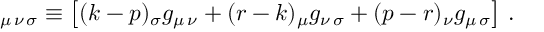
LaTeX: { \L } _ { \mu \, \nu \, \sigma } \equiv \left[ ( k - p ) _ { \sigma } g _ { \mu \, \nu } + ( r - k ) _ { \mu } g _ { \nu \, \sigma } + ( p - r ) _ { \nu } g _ { \mu \, \sigma } \right] \, .